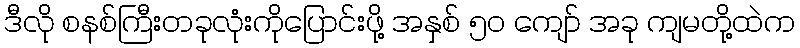
ဒီလို စနစ်ကြီးတခုလုံးကိုပြောင်းဖို့ အနှစ် ၅၀ ကျော် အခု ကျမတို့ထဲက